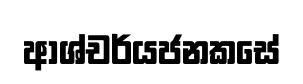
ආශ්චර්යජනකසේ